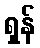
ရှန်